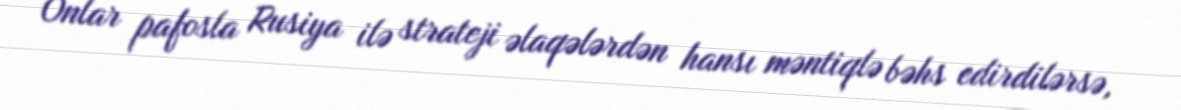
Onlar pafosla Rusiya ilə strateji əlaqələrdən hansı məntiqlə bəhs edirdilərsə,